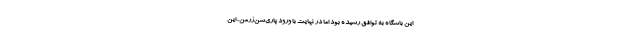
این باشگاه به توافق رسیده بود اما در نهایت با ورود پاری‌سن‌ژرمن، این